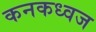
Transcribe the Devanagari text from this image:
कनकध्वज